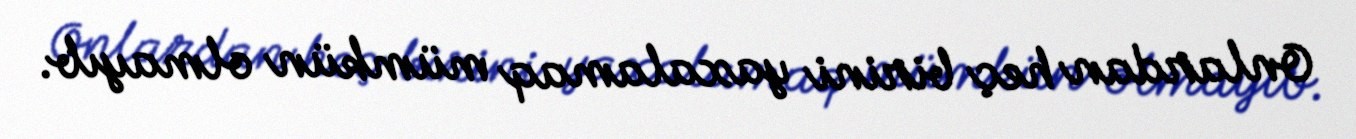
Onlardan heç birini yaxalamaq mümkün olmayıb.